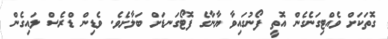
ގޮތަކަށް ވެއްޓިގަނެގެން އޮތީ ފޯނުގައިވާ ޔާނާގެ ފޮޓޯގަނޑަށް ބަލާށެވެ. ވެޑިން ޑްރެސް ލައިގެން